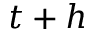
t + h